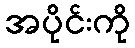
အပိုင်းကို